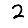
Digit: 2